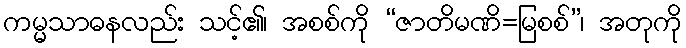
ကမ္မသာဓနလည်း သင့်၏၊ အစစ်ကို “ဇာတိမဏိ=မြစစ်”၊ အတုကို